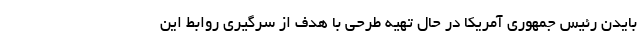
بایدن رئیس جمهوری آمریکا در حال تهیه طرحی با هدف از سرگیری روابط این